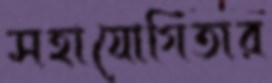
সহাযোগিতার